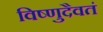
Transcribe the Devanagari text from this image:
विष्णुदैवतं